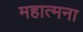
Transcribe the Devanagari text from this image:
महात्मना